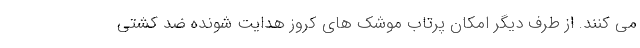
می کنند. از طرف دیگر امکان پرتاب موشک های کروز هدایت شونده ضد کشتی